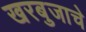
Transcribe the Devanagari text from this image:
खरबुजाचे